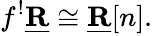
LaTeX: f^{!}{\underline{{\mathbf{R}}}}\cong{\underline{{\mathbf{R}}}}[n].